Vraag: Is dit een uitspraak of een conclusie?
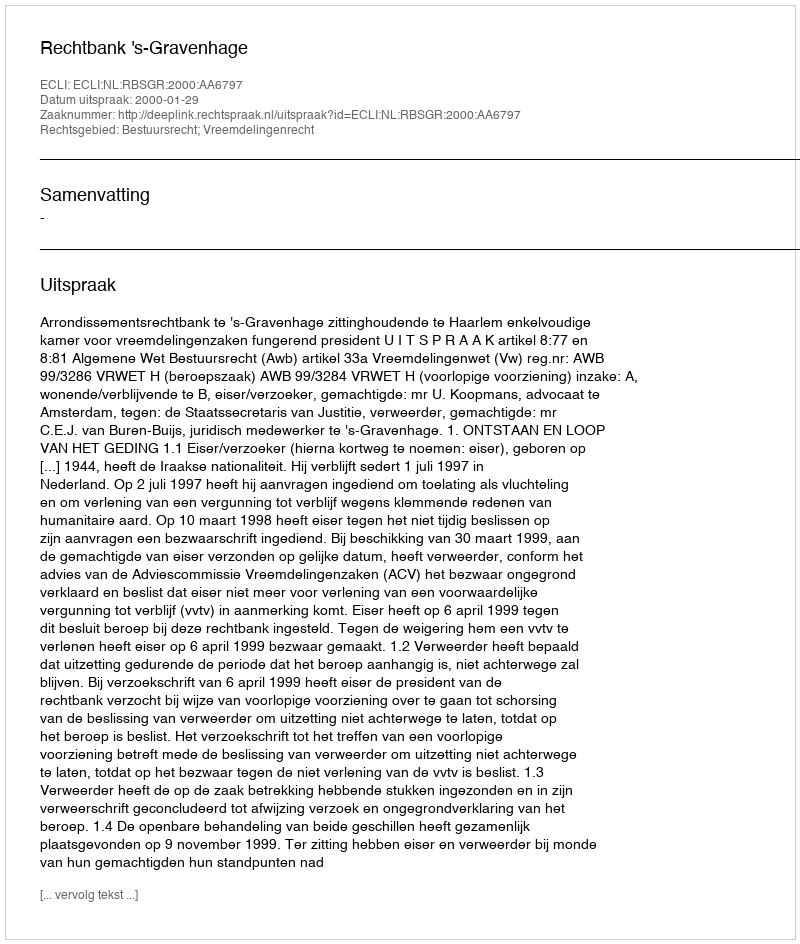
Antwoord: Uitspraak